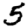
Digit: 5